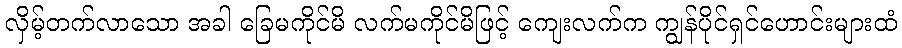
လှိမ့်တက်လာသော အခါ ခြေမကိုင်မိ လက်မကိုင်မိဖြင့် ကျေးလက်က ကျွန်ပိုင်ရှင်ဟောင်းများထံ